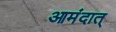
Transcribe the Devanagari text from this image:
आमंदात्‌